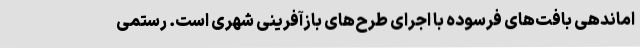
اماندهی بافت‌های فرسوده با اجرای طرح‌های بازآفرینی شهری است. رستمی